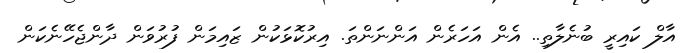
އާލް ކައިރީ ބުނެލާތި.. އެން އަހަރެން އަންނަންތަ. އިރުކޮޅަކުން ޒައިމަން ފުރުވަން ދާންޖެހޭނެކަން